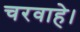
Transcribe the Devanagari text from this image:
चरवाहे।